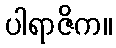
ပါရာဇိက။